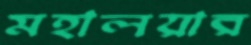
মহালয়ার